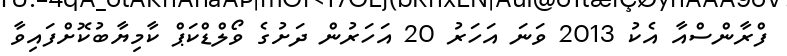
ފްރާންސްއާ އެކު 2013 ވަނަ އަހަރު 20 އަހަރުން ދަށުގެ ވޯލްޑްކަޕް ކާމިޔާބުކޮށްފައިވާ